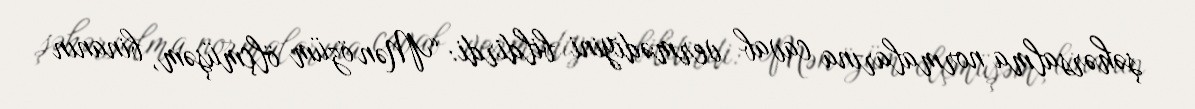
şəhərsalma normalarına cavab vermədiyini bildirdi: “Mən özüm ölçmüşəm, binanın